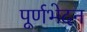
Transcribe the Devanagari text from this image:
पूर्णभेदन